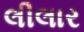
લીલાર